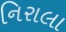
નિરાલા